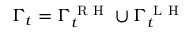
\Gamma _ { t } = \Gamma _ { t } ^ { \mathrm { ~ R ~ H ~ } } \cup \Gamma _ { t } ^ { \mathrm { ~ L ~ H ~ } }